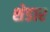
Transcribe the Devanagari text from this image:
शेडार